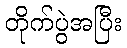
တိုက်ပွဲအပြီး